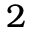
2